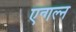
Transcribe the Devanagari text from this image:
एन्गल्न